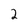
Character: 2